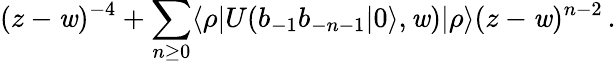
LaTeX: (z-\mathit{w})^{-4}+\sum_{n\geq0}\langle\rho|U(b_{-1}b_{-n-1}|0\rangle,\mathit{w})|\rho\rangle(z-\mathit{w})^{n-2}\, .